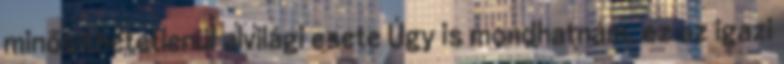
minősíthetetlenül alvilági esete Úgy is mondhatnám, ez az igazi